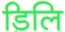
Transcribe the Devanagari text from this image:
डिलि